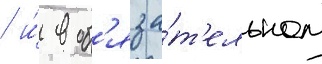
/ и́ в об'яза́т'ельном